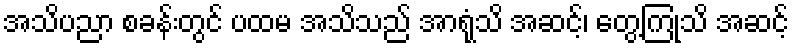
အသိပညာ စခန်းတွင် ပထမ အသိသည် အာရုံသိ အဆင့်၊ တွေ့ကြုံသိ အဆင့်